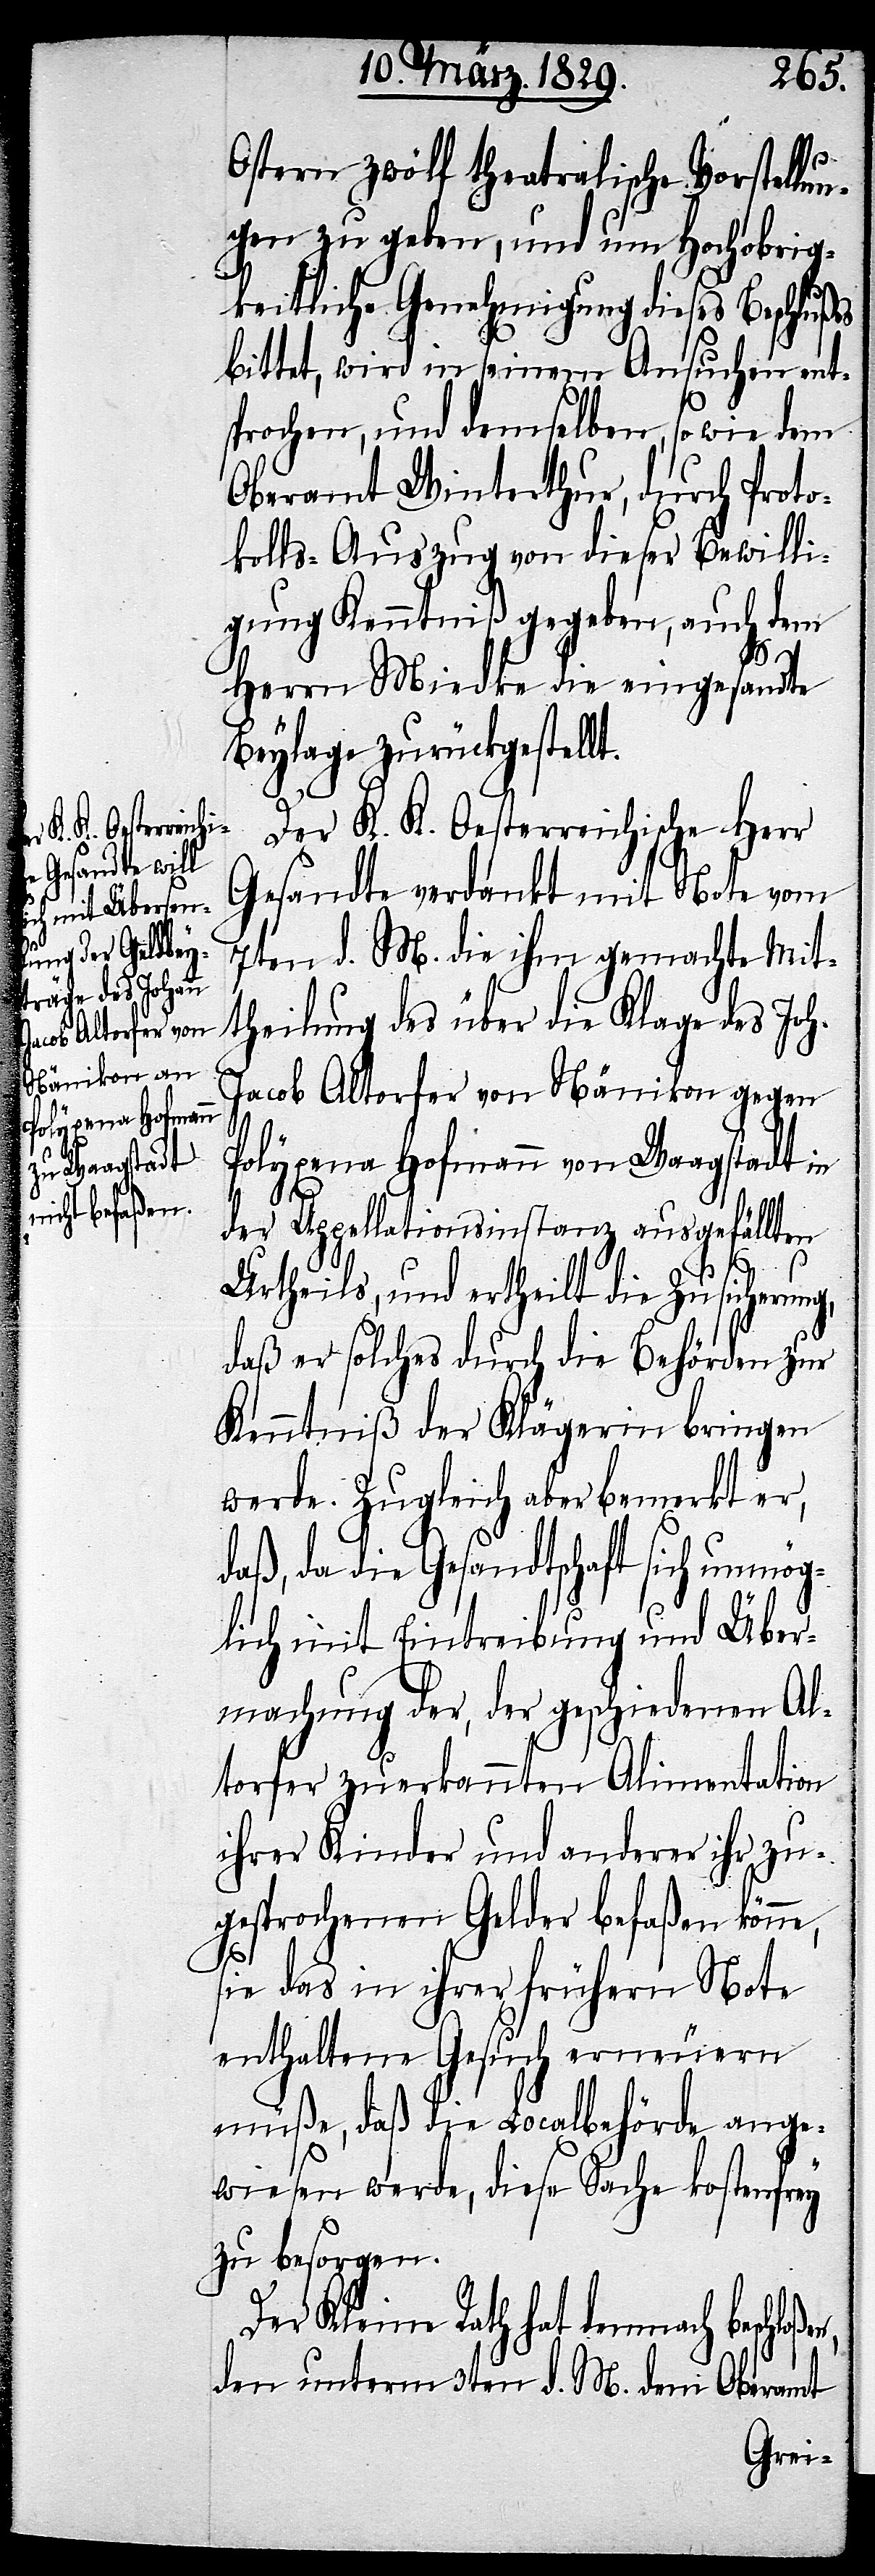
t.
Ostern zwölf theatralische Vorstellun¬
gen zu geben, und um Hochobrig¬
keitliche Genehmigung dieses Beschlußes
bittet, wird in seinem Ansuchen ent¬
sprochen , und demselben, so wie dem
Oberamt Winterthur, durch Proto¬
kolls-Auszug von dieser Bewilli¬
gung Kenntniß gegeben, auch dem
Herrn Miedke die eingesandte
Beylage zurückgestell¬
Der K. K. Oesterreichische Herr
Gesandte verdankt mit Note vom
7ten d. M. die ihm gemachte Mit¬
theilung über die Klage des Joh.
Jacob Altorfer von Nänikon gegen
Polyxena Hofmann von Waagstadt in
der Appellationsinstanz ausgefällten
ßen,
Urtheils, und ertheilt die Zusicherung,
daß er solches durch die Behörden zur
Kenntniß der Klägerin bringen
werde. Zugleich aber bemerkt er,
daß da die Gesandtschaft sich unmög¬
lich mit Eintreibung und Über¬
machung der, der geschiedenen Al¬
torfer zuerkannten Alimentation
ihrer Kinder und anderer ihr zu¬
gesprochener Gelder befaßen könne,
sie das in ihrer frühern Note
enthaltene Gesuch erneuern
müße, daß die Localbehörde ange¬
wiesen werde, diese Sache kostenfrey
zu besorgen.
Der Kleine Rath hat demnach beschlo¬
den unterm 3ten d. M. dem Oberamt